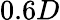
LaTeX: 0.6D